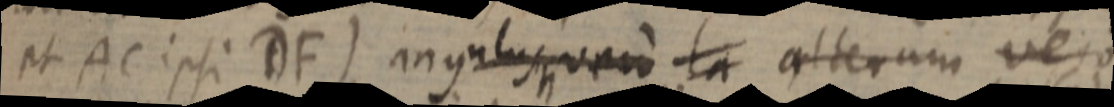
et AC ipsi DF) angulus vero la alterum vero